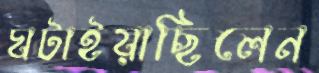
ঘটাইয়াছিলেন